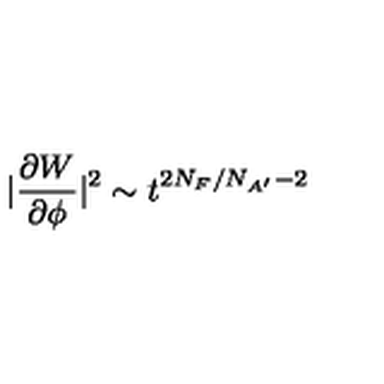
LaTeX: | \frac { \partial W } { \partial \phi } | ^ { 2 } \sim t ^ { 2 N _ { F } / N _ { A ^ { \prime } } - 2 }